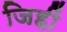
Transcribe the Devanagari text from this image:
जिहीं